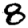
Digit: 8